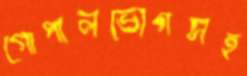
গোপালভোগসহ